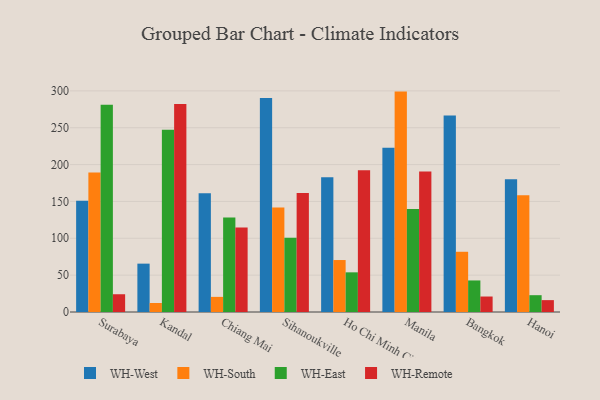
{"axis": {"x": "City", "y": "Website Visitors"}, "legend": ["WH-East", "WH-Remote", "WH-South", "WH-West"], "data": [{"x": "Surabaya", "y": 150.9, "type": "WH-West"}, {"x": "Surabaya", "y": 189.3, "type": "WH-South"}, {"x": "Surabaya", "y": 281.3, "type": "WH-East"}, {"x": "Surabaya", "y": 24.1, "type": "WH-Remote"}, {"x": "Kandal", "y": 65.6, "type": "WH-West"}, {"x": "Kandal", "y": 12.2, "type": "WH-South"}, {"x": "Kandal", "y": 247.1, "type": "WH-East"}, {"x": "Kandal", "y": 282.1, "type": "WH-Remote"}, {"x": "Chiang Mai", "y": 161.1, "type": "WH-West"}, {"x": "Chiang Mai", "y": 20.5, "type": "WH-South"}, {"x": "Chiang Mai", "y": 128.3, "type": "WH-East"}, {"x": "Chiang Mai", "y": 114.8, "type": "WH-Remote"}, {"x": "Sihanoukville", "y": 290.4, "type": "WH-West"}, {"x": "Sihanoukville", "y": 141.7, "type": "WH-South"}, {"x": "Sihanoukville", "y": 100.6, "type": "WH-East"}, {"x": "Sihanoukville", "y": 161.3, "type": "WH-Remote"}, {"x": "Ho Chi Minh City", "y": 182.7, "type": "WH-West"}, {"x": "Ho Chi Minh City", "y": 70.5, "type": "WH-South"}, {"x": "Ho Chi Minh City", "y": 53.8, "type": "WH-East"}, {"x": "Ho Chi Minh City", "y": 192.3, "type": "WH-Remote"}, {"x": "Manila", "y": 222.9, "type": "WH-West"}, {"x": "Manila", "y": 299.0, "type": "WH-South"}, {"x": "Manila", "y": 139.6, "type": "WH-East"}, {"x": "Manila", "y": 190.6, "type": "WH-Remote"}, {"x": "Bangkok", "y": 266.7, "type": "WH-West"}, {"x": "Bangkok", "y": 81.7, "type": "WH-South"}, {"x": "Bangkok", "y": 42.8, "type": "WH-East"}, {"x": "Bangkok", "y": 21.0, "type": "WH-Remote"}, {"x": "Hanoi", "y": 180.0, "type": "WH-West"}, {"x": "Hanoi", "y": 158.3, "type": "WH-South"}, {"x": "Hanoi", "y": 22.8, "type": "WH-East"}, {"x": "Hanoi", "y": 16.1, "type": "WH-Remote"}]}